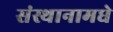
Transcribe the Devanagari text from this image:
संस्थानामधे